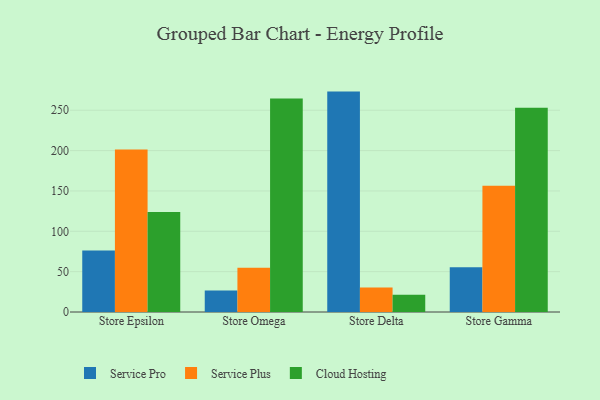
{"axis": {"x": "Store", "y": "Gross Profit (USD K)"}, "legend": ["Cloud Hosting", "Service Plus", "Service Pro"], "data": [{"x": "Store Epsilon", "y": 76.1, "type": "Service Pro"}, {"x": "Store Epsilon", "y": 201.3, "type": "Service Plus"}, {"x": "Store Epsilon", "y": 123.8, "type": "Cloud Hosting"}, {"x": "Store Omega", "y": 26.6, "type": "Service Pro"}, {"x": "Store Omega", "y": 54.7, "type": "Service Plus"}, {"x": "Store Omega", "y": 264.5, "type": "Cloud Hosting"}, {"x": "Store Delta", "y": 273.1, "type": "Service Pro"}, {"x": "Store Delta", "y": 30.5, "type": "Service Plus"}, {"x": "Store Delta", "y": 21.4, "type": "Cloud Hosting"}, {"x": "Store Gamma", "y": 55.5, "type": "Service Pro"}, {"x": "Store Gamma", "y": 156.3, "type": "Service Plus"}, {"x": "Store Gamma", "y": 253.2, "type": "Cloud Hosting"}]}